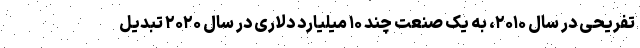
تفریحی در سال ۲۰۱۰، به یک صنعت چند ۱۰ میلیارد دلاری در سال ۲۰۲۰ تبدیل